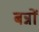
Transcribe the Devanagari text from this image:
बन्नों